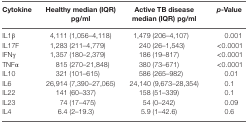
| Cytokine | Healthy median (IQR) pg/ml | Active TB disease median (IQR) pg/ml | p-Value |
 | --- | --- | --- | --- |
 | IL1β | 4,111 (1,056–4,118) | 1,479 (206–4,107) | 0.001 |
 | IL17F | 1,283 (211–4,779) | 240 (26–1,543) | <0.0001 |
 | IFNγ | 1,357 (180–2,379) | 186 (19–817) | <0.0001 |
 | TNFα | 815 (270–21,848) | 380 (73–671) | <0.0001 |
 | IL10 | 321 (101–615) | 586 (265–982) | 0.01 |
 | IL6 | 26,914 (7,390–27,065) | 24,140 (9,673–28,354) | 0.1 |
 | IL22 | 141 (60–337) | 158 (51–339) | 0.1 |
 | IL23 | 74 (17–475) | 54 (0–242) | 0.09 |
 | IL4 | 6.4 (2–19.3) | 5.9 (1–42.6) | 0.6 |